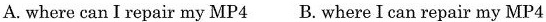
A.where can I repair my MP 4 B. Where Ican repair my MP 4